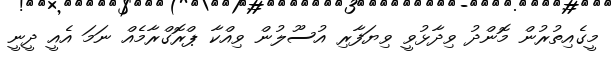
މީގެއިތުރުން މޮންދު ވިދާޅުވީ ވިޔަފާރި އުސޫލުން ވިއްކާ ޕްރޮގްރާމެއް ނަމަ އެއީ ދީނީ